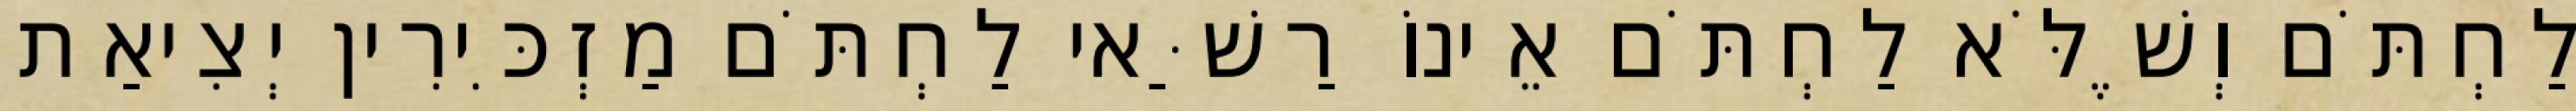
לַחְתֹּם וְשֶׁלֹּא לַחְתֹּם אֵינוֹ רַשַּׁאי לַחְתֹּם מַזְכִּירִין יְצִיאַת